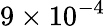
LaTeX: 9\times 10^{-4}